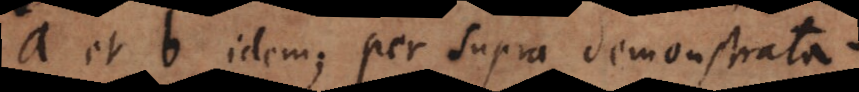
a et b idem; per supra demonstrata.